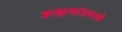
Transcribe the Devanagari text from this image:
ब्राह्मणांप्रमाणे